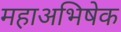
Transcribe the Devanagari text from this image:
महाअभिषेक